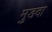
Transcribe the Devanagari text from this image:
मुडदा